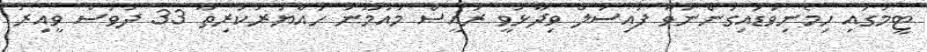
ޓީމުގައި ހިމެނިވަޑައިގަންނަވާ ފައިސަލް ވިދާޅުވީ ރައީސް މައުމޫނު ހައްޔަރުކުރިތާ 33 ދުވަސް ވީއިރު